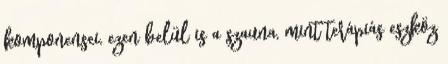
komponensei, ezen belül is a szauna, mint terápiás eszköz